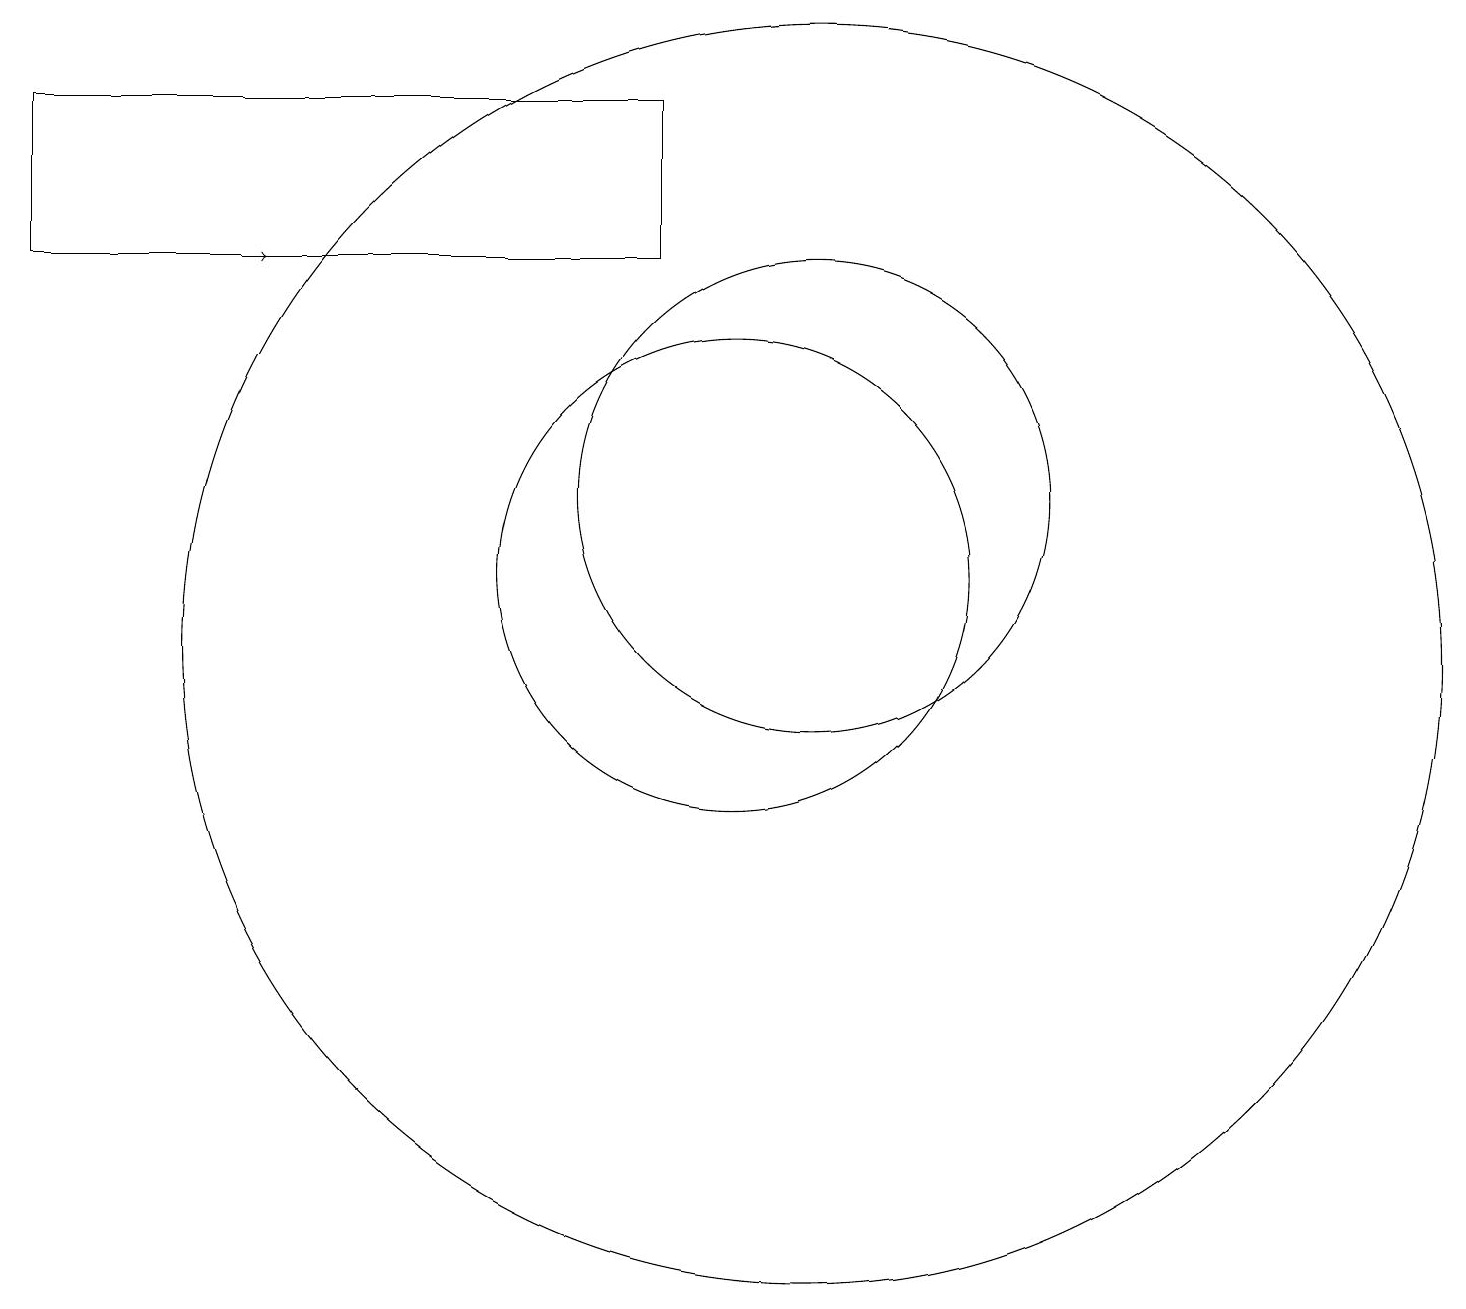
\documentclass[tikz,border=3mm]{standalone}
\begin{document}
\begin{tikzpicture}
\draw (1,15) rectangle (9,17);
\draw (11,12) circle (3);
\draw (11,10) circle (8);
\draw[->] (3,15) -- (4,15);
\draw (10,11) circle (3);
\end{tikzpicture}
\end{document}